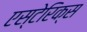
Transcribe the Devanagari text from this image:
एस्टेरिक्स